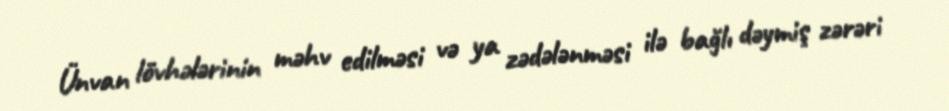
Ünvan lövhələrinin məhv edilməsi və ya zədələnməsi ilə bağlı dəymiş zərəri